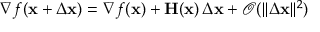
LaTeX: \nabla f ( \mathbf { x } + \Delta \mathbf { x } ) = \nabla f ( \mathbf { x } ) + \mathbf { H } ( \mathbf { x } ) \, \Delta \mathbf { x } + { \mathcal { O } } ( \| \Delta \mathbf { x } \| ^ { 2 } )